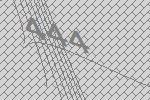
444